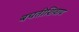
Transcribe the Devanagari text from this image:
बचतीशिवाय